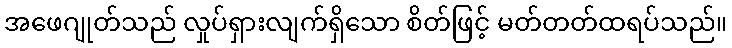
အဖေဂျုတ်သည် လှုပ်ရှားလျက်ရှိသော စိတ်ဖြင့် မတ်တတ်ထရပ်သည်။